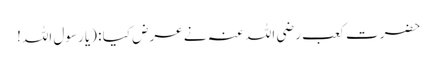
حضرت کعب رضی اللہ عنہ نے عرض کیا : (یا رسول اللہ!